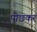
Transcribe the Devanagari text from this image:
पोछकर